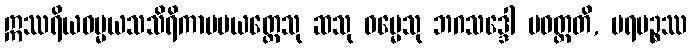
ဣဿရိယဓမ္မယသသိရိကာမပယတ္တေသု ဆသု ဓမ္မေသု ဘဂသဒ္ဒေါ ပဝတ္တတိ, ပရမဉ္စဿ